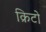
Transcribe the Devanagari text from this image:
क्रिटो